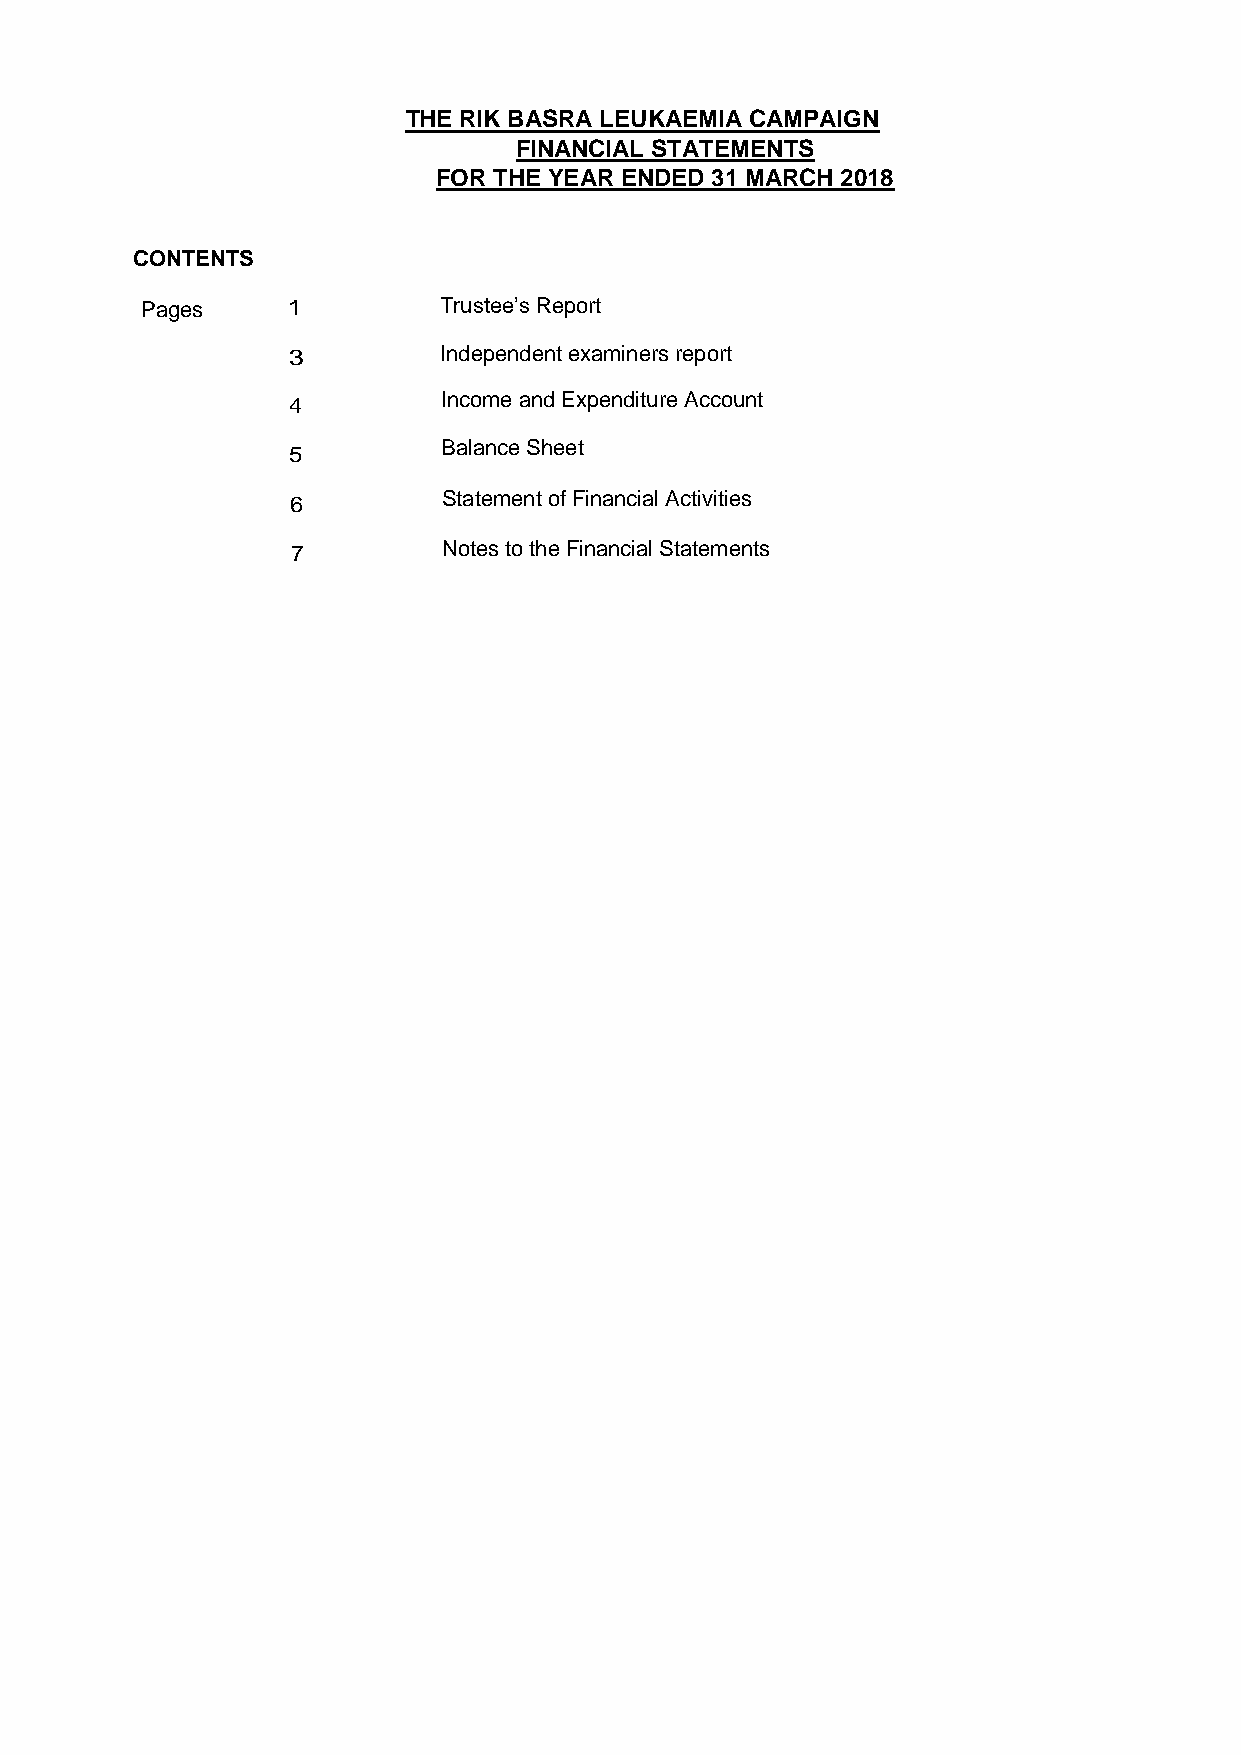
THE RIK BASRA LEUKAEMIA CAMPAIGN
 FINANCIAL STATEMENTS
 FOR THE YEAR ENDED 31 MARCH 2018
 CONTENTS
 Pages     1         Trustee’s Report
 3         Independent examiners report
 4         Income and Expenditure Account
 Balance Sheet
 5
 Statement of Financial Activities
 6
 7         Notes to the Financial Statements